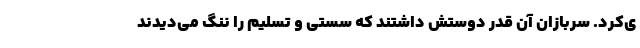
ی‌کرد. سربازان آن قدر دوستش داشتند که سستی و تسلیم را ننگ می‌دیدند